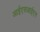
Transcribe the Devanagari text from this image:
आईएसआईएन